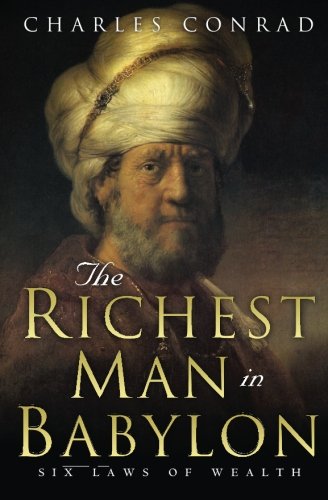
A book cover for The Richest Man in Babylon -- Six Laws of Wealth; Charles Conrad; Business & Money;